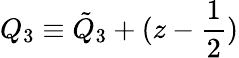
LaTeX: Q_{3}\equiv{\tilde{Q}}_{3}+(z-{\frac{1}{2}})